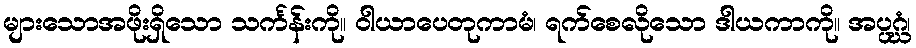
များသောအဖိုးရှိသော သင်္ကန်းကို။ ဝါယာပေတုကာမံ၊ ရက်စေလိုသော ဒါယကာကို။ အပ္ပဂ္ဃံ၊